Lunatic asylums Bombay report 1891-1903 - 1891-1903
Year: 1891
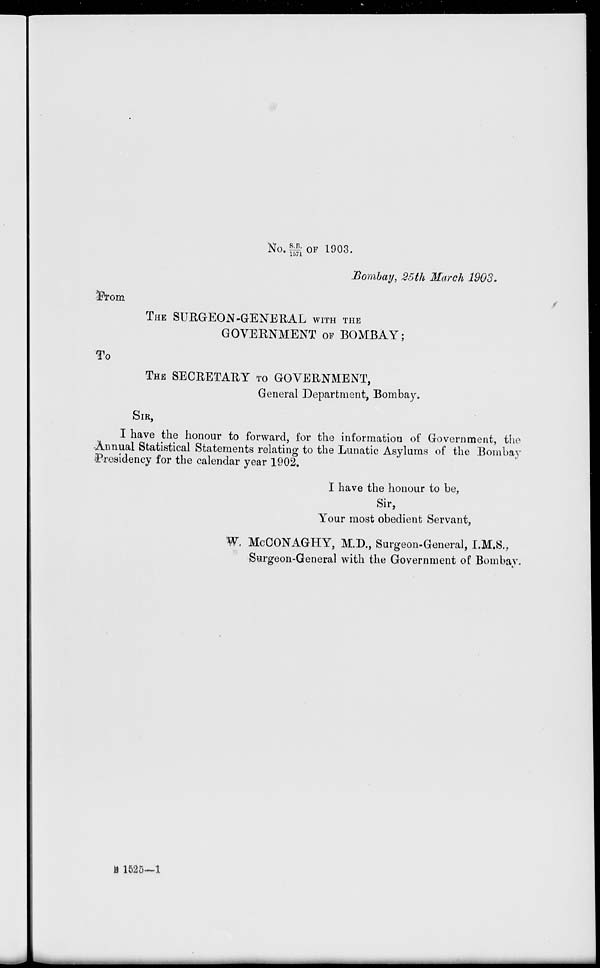
No. S.B/1571 OF 1903.
Bombay, 25th March 1903.
From
THE SURGEON-GENERAL WITH THE
GOVERNMENT OF BOMBAY;
To
THE SECRETARY TO GOVERNMENT,
General Department, Bombay.
SIR,
I have the honour to forward, for the information of Government, the
Annual Statistical Statements relating to the Lunatic Asylums of the Bombay
Presidency for the calendar year 1902.
I have the honour to be,
Sir,
Your most obedient Servant,
W. McCONAGHY, M.D., Surgeon-General, I.M.S.,
Surgeon-General with the Government of Bombay.
B 1525—1